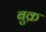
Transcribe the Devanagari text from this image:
बुक्र